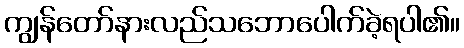
ကျွန်တော်နားလည်သဘောပေါက်ခဲ့ရပါ၏။